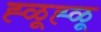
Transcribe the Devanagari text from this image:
ह्ळूह्ळू